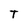
Character: T